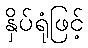
နှိပ်ရုံဖြင့်